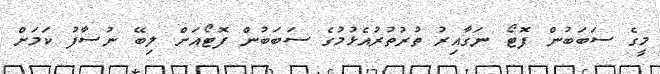
މީގެ ސަބަބުން ފޮޓޯ ނަގާއިރު ތުރުތުރުއެޅުމުގެ ސަބަބުން ފޮޓޯއަށް ލިބޭ ނުސާފު ކަމަށް